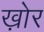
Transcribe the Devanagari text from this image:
ख़ोर